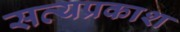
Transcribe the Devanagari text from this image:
सत्‍यप्रकाश